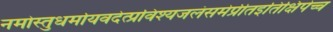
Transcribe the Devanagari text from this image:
नमोस्तुधर्मायवदेत्प्रविश्यजलंसमेप्रीतइतिक्षिपेच्च